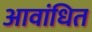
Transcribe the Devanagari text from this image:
आवांधित